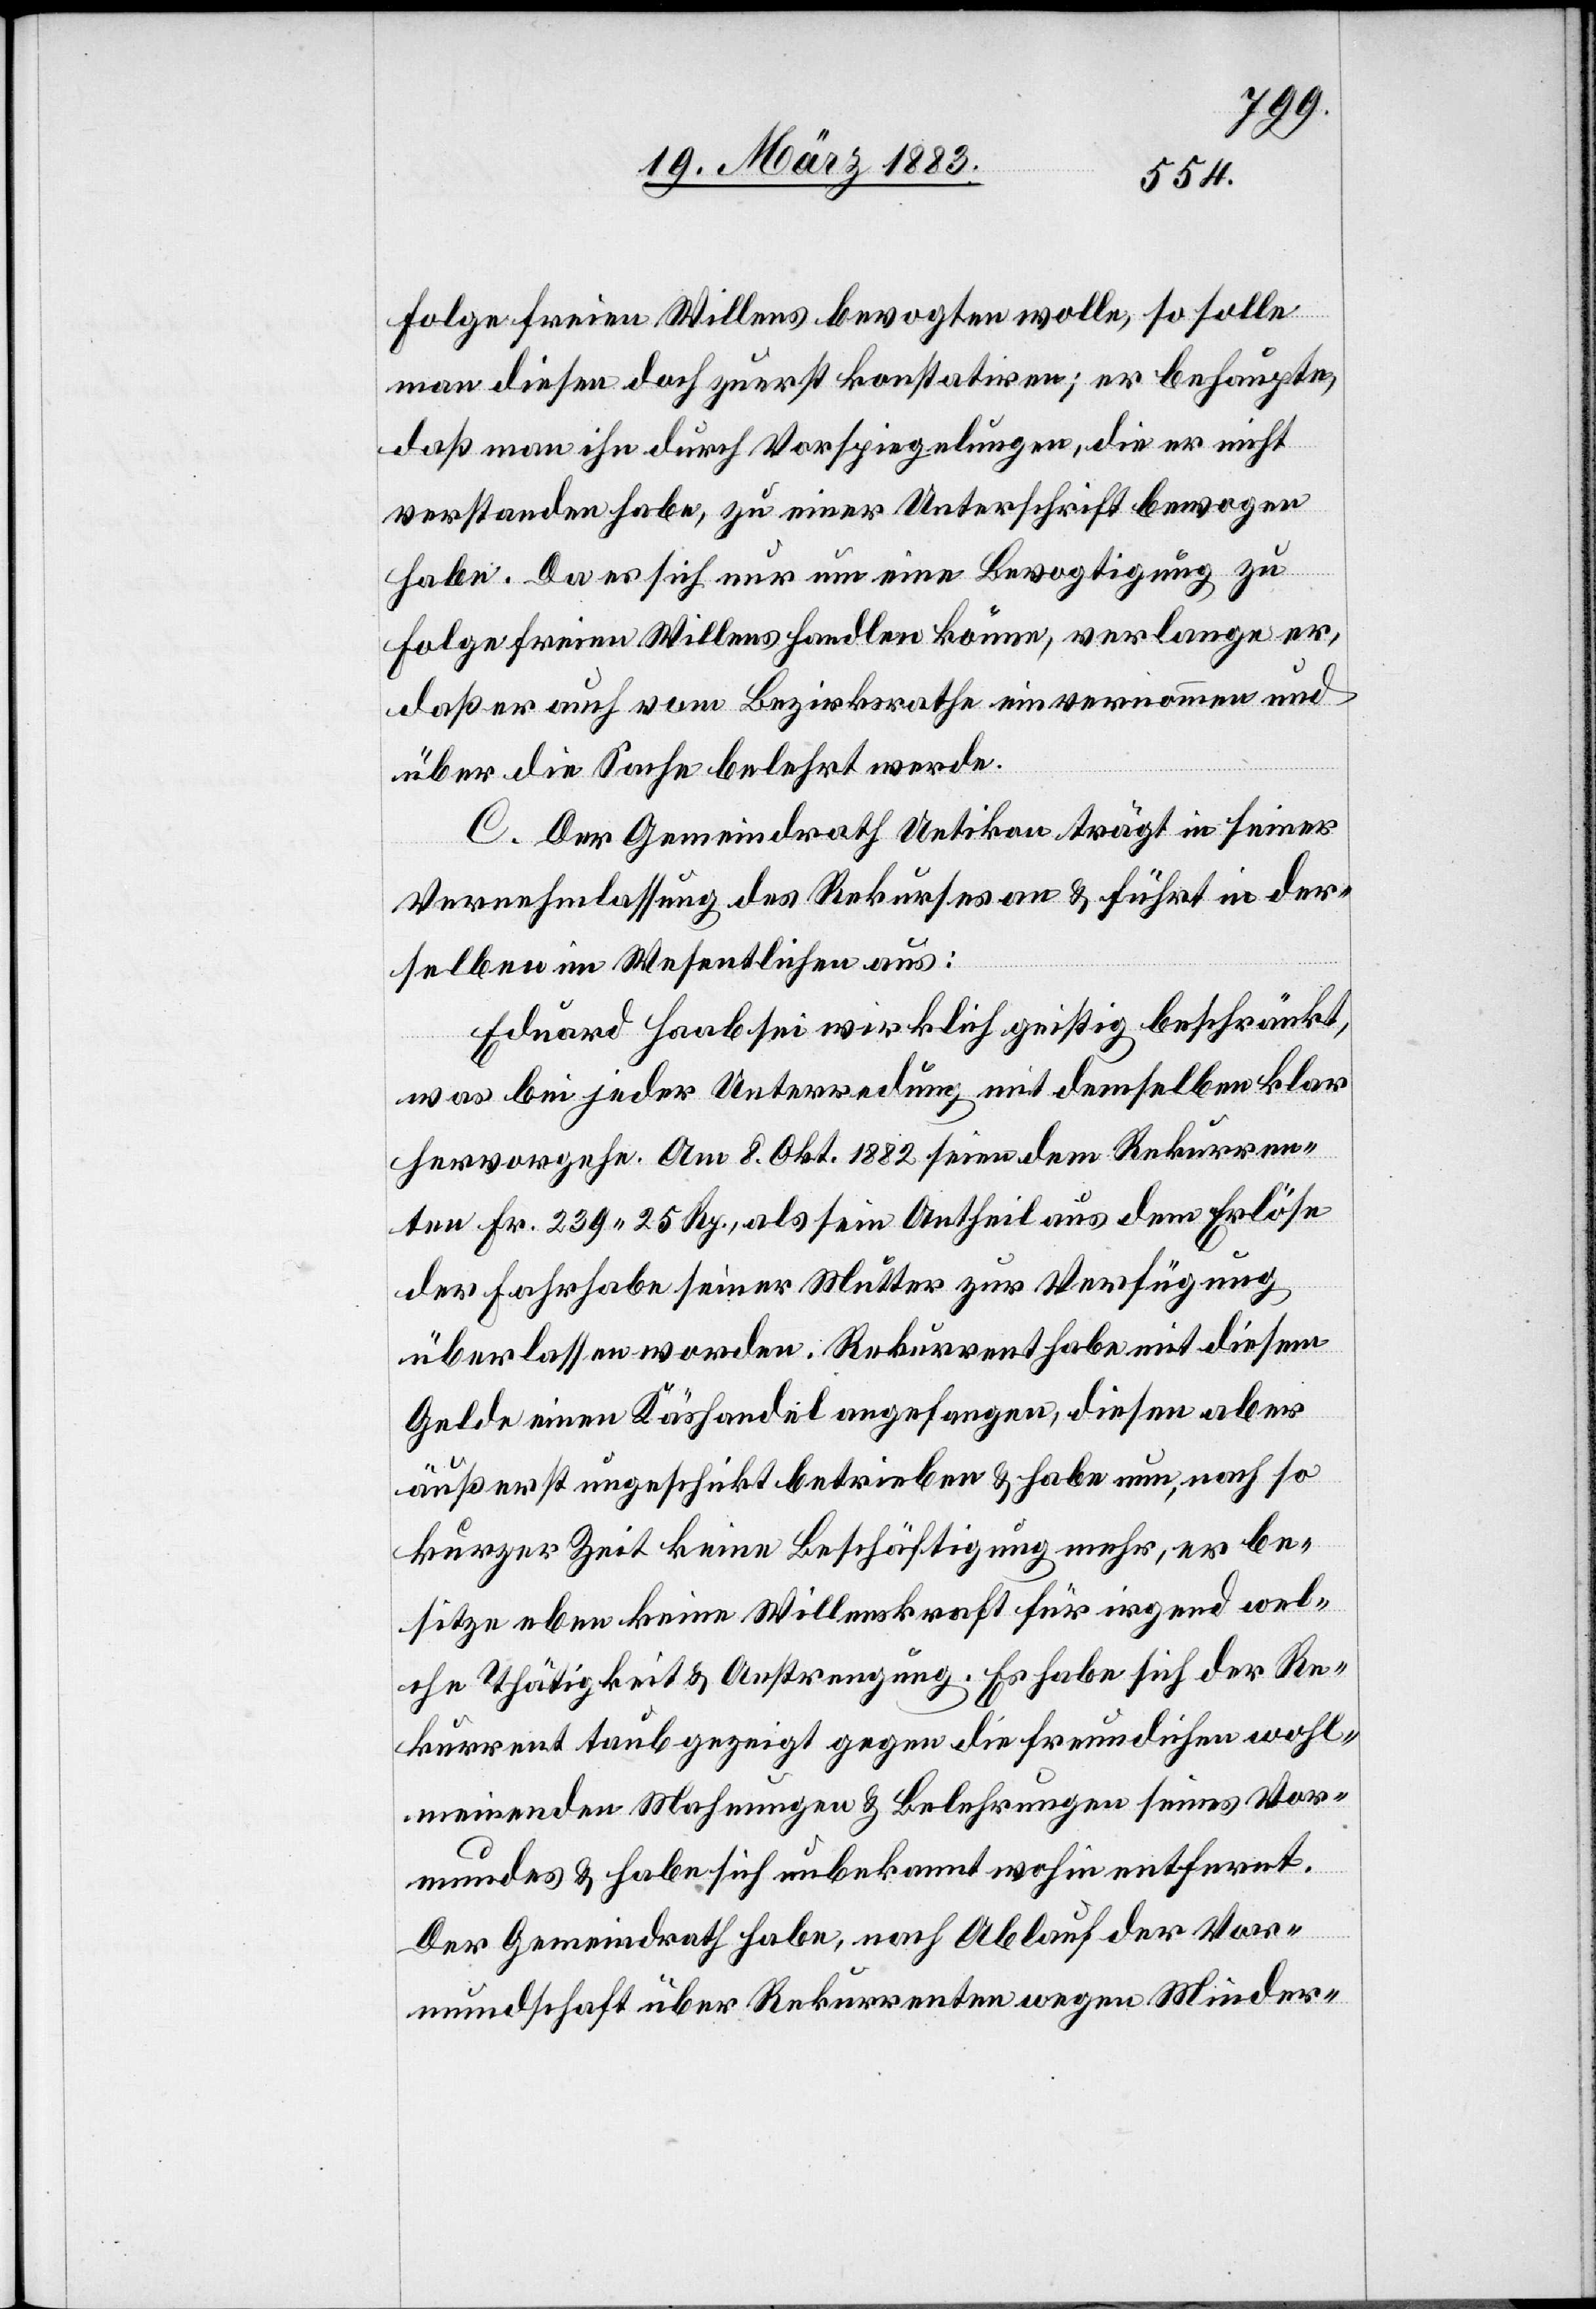
Folge freien Willens bevogten wolle, so solle
man diesen doch zuerst konstatiren; er behaupte,
daß man ihn durch Vorspiegelungen, die er nicht
verstanden habe, zu einer Unterschrift bewogen
habe. Da es sich nur um eine Bevogtigung zu
Folge freien Willens handlen könne, verlange er,
daß er auch vom Bezirksrathe einvernommen und
über die Sache belehrt werde.
C. Der Gemeindrath Uetikon trägt in seiner
Vernehmlassung des Rekurses an [sic!] & führt in der¬
selben im Wesentlichen aus:
Eduard Haab sei wirklich geistig beschränkt,
was bei jeder Unterredung mit demselben klar
hervorgehe. Am 8. Okt. 1882 seien dem Rekurren¬
ten Fr. 239 25 Rp., als sein Antheil aus dem Erlöse
der Fahrhabe seiner Mutter zur Verfügung
überlassen worden. Rekurrent habe mit diesem
Gelde einen Käshandel angefangen, diesen aber
äußerst ungeschickt betrieben & habe nun, nach so
kurzer Zeit keine Beschäftigung mehr, er be¬
sitze eben keine Willenskraft für irgend wel¬
che Thätigkeit & Anstrengung. Es habe sich der Re¬
kurrent taub gezeigt gegen die freundlichen wohl¬
meinenden Mahnungen & Belehrungen seines Vor¬
mundes & habe sich unbekannt wohin entfernt.
Der Gemeindrath habe, nach Ablauf der Vor¬
mundschaft über Rekurrenten wegen Minder-